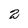
Character: 2